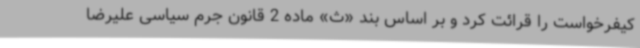
کیفرخواست را قرائت کرد و بر اساس بند «ث» ماده 2 قانون جرم سیاسی علیرضا